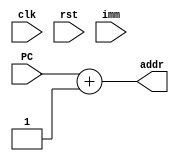
`timescale 1ns / 1ps
//////////////////////////////////////////////////////////////////////////////////
// Company: 
// Engineer: 
// 
// Design Name: 
// Module Name: Increment_PC
// Project Name: 
// Target Devices: 
// Tool Versions: 
// Description: 
// 
// Dependencies: 
// 
// Revision:
// Revision 0.01 - File Created
// Additional Comments:
// 
//////////////////////////////////////////////////////////////////////////////////



module Increment_PC(input clk, rst, input [31:0] PC, imm, output [31:0] addr);
    assign addr = PC + 32'd1;
endmodule